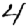
Digit: 4